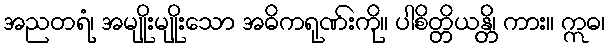
အညတရံ၊ အမျိုးမျိုးသော အဓိကရုဏ်းကို။ ပါစိတ္တိယန္တိ၊ ကား။ ဣဓ၊